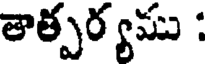
తాత్పర్యము :